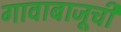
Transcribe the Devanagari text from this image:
गावाबाजूची